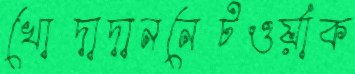
খোদাদাননেটওর্য়াক